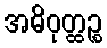
အဓိဝုတ္ထဉ္စ